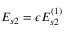
E _ { s 2 } = \epsilon E _ { s 2 } ^ { ( 1 ) }